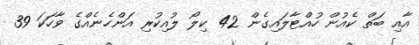
އާއި ބަތް ކެއުން ހުއްޓާލައިގެން 42 ކިލޯ ލުއިކުރި އަންހެނެއްގެ ވާހަކަ 39